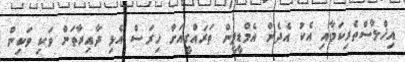
އިޚްލާސްތެރިކަމާއި އެކު އެދެން އެމްޑީޕީން ތަރައްގީއަށް ހިރަސް އެޅި ދާއިރާތަށް ވަކި ވަކިން